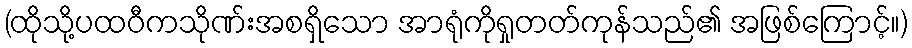
(ထိုသို့ပထဝီကသိုဏ်းအစရှိသော အာရုံကိုရှုတတ်ကုန်သည်၏ အဖြစ်ကြောင့်။)